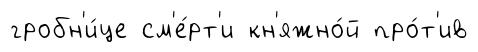
гробн'и́це см'е́рт'и кн'яжно́й про́т'ив